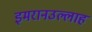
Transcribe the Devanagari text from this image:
इमरानउल्लाह